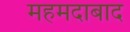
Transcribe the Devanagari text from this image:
महमदाबाद